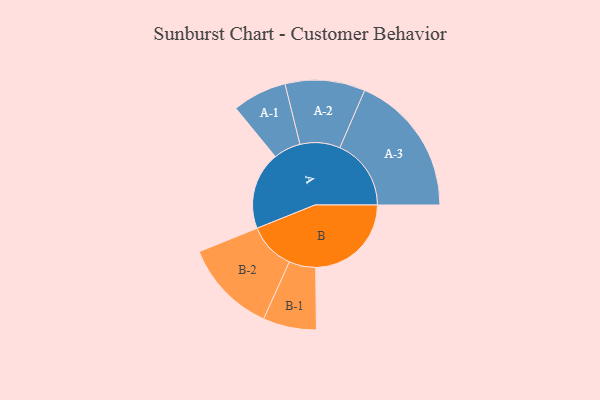
{"axis": {"x": "Segment", "y": "Value"}, "legend": ["", "A", "B"], "data": [{"x": "A", "y": 303, "type": ""}, {"x": "B", "y": 373, "type": ""}, {"x": "A-1", "y": 106, "type": "A"}, {"x": "A-2", "y": 156, "type": "A"}, {"x": "A-3", "y": 278, "type": "A"}, {"x": "B-1", "y": 104, "type": "B"}, {"x": "B-2", "y": 183, "type": "B"}]}